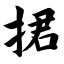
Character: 捃